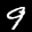
Label: 9